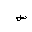
Letter: _sin